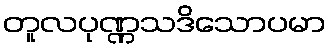
တူလပုဏ္ဏသဒိသောပမာ